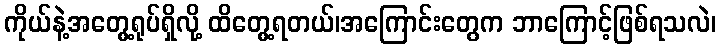
ကိုယ်နဲ့အတွေ့ရုပ်ရှိလို့ ထိတွေ့ရတယ်၊အကြောင်းတွေက ဘာကြောင့်ဖြစ်ရသလဲ၊